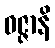
ဝဇ္ဇာနိ